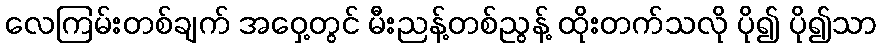
လေကြမ်းတစ်ချက် အဝှေ့တွင် မီးညန့်တစ်ညွန့် ထိုးတက်သလို ပို၍ ပို၍သာ